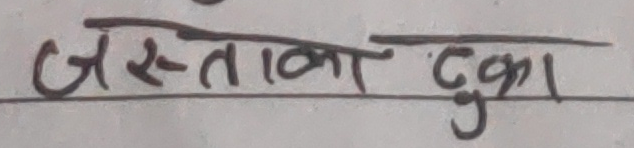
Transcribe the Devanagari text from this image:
जस्ता टुका